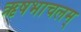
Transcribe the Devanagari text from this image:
ऋषभाचलम्